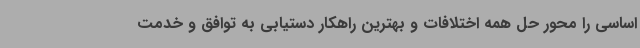
اساسی را محور حل همه اختلافات و بهترین راهکار دستیابی به توافق و خدمت‌